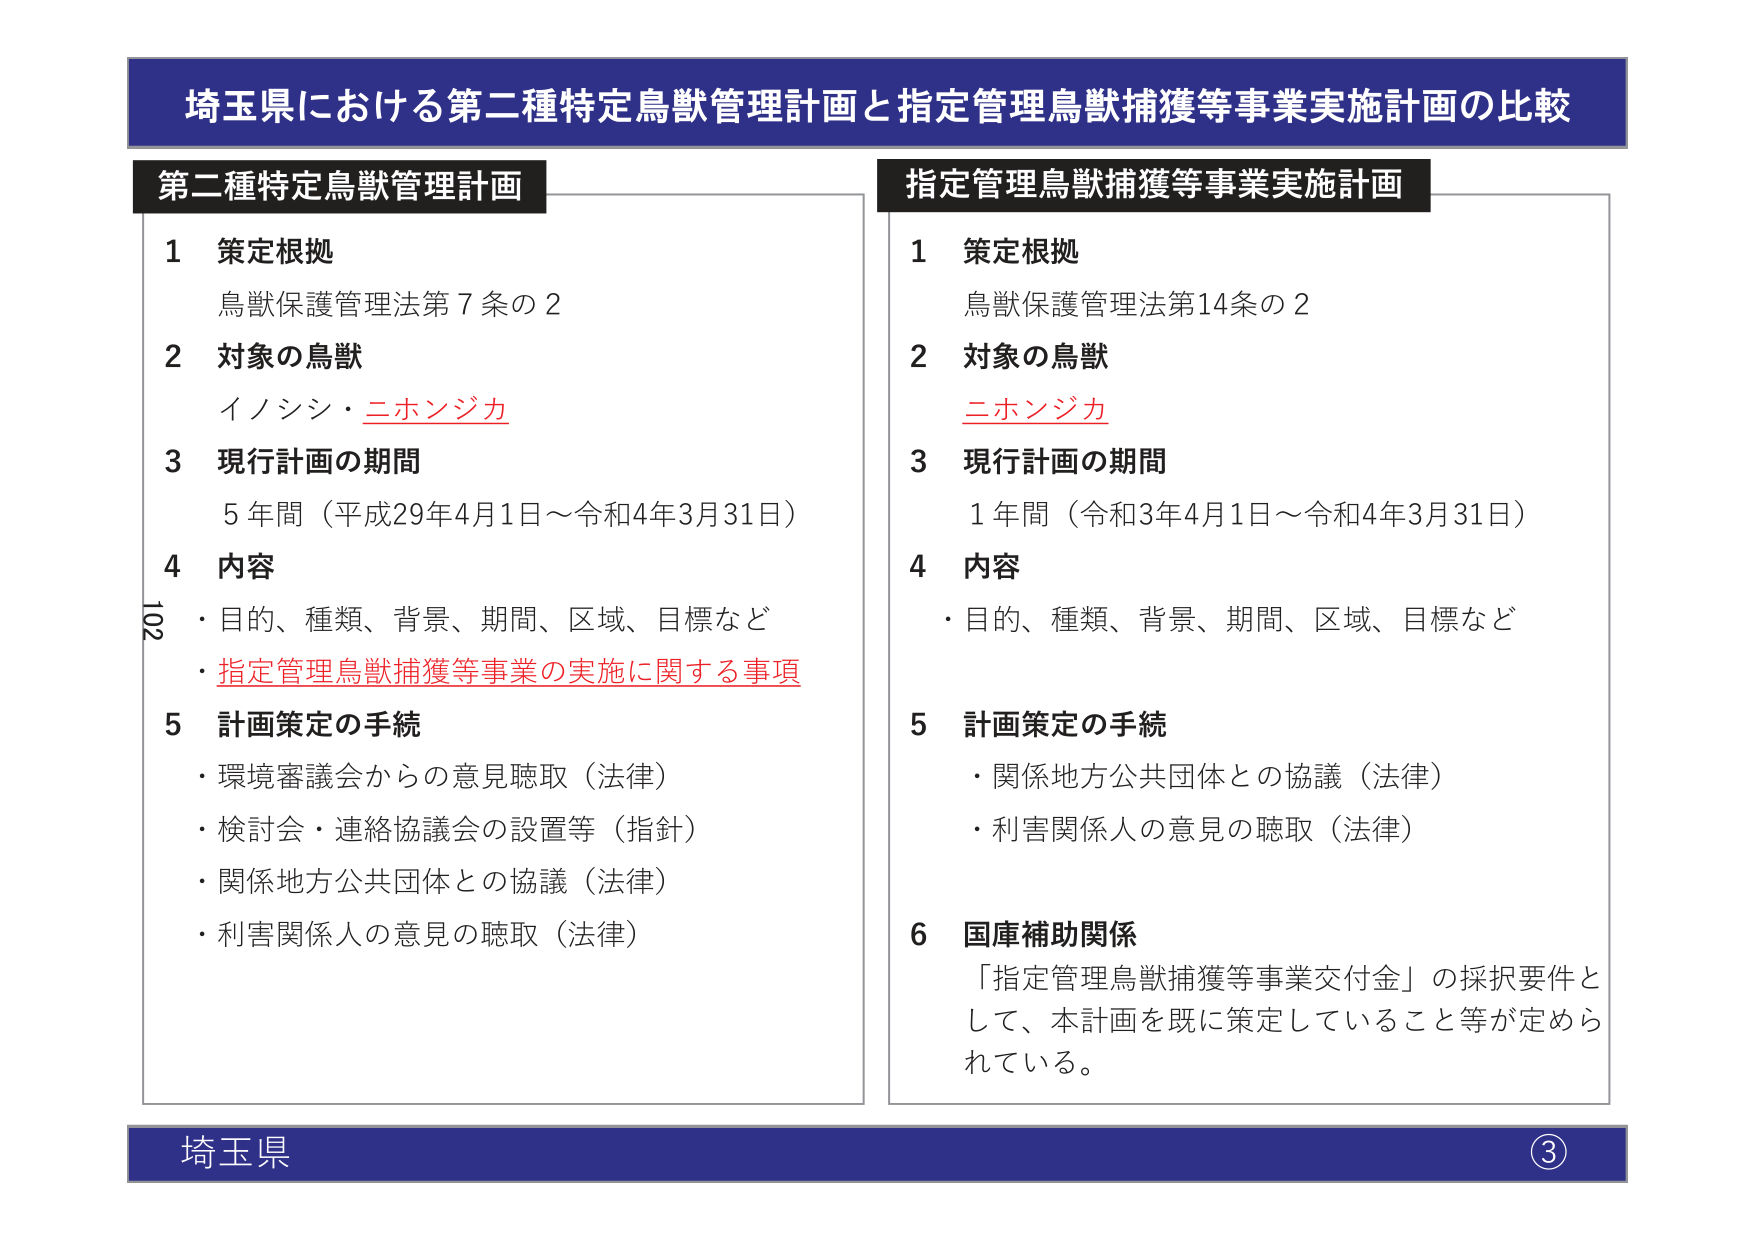
埼玉県における第二種特定鳥獣管理計画と指定管理鳥獣捕獲等事業実施計画の比較

第二種特定鳥獣管理計画
1 策定根拠
鳥獣保護管理法第7条の2
2 対象の鳥獣
イノシシ・ニホンジカ
3 現行計画の期間
5年間（平成29年4月1日～令和4年3月31日）
4 内容
・目的、種類、背景、期間、区域、目標など
・指定管理鳥獣捕獲等事業の実施に関する事項
5 計画策定の手続
・環境審議会からの意見聴取（法律）
・検討会・連絡協議会の設置等（指針）
・関係地方公共団体との協議（法律）
・利害関係人の意見の聴取（法律）

指定管理鳥獣捕獲等事業実施計画
1 策定根拠
鳥獣保護管理法第14条の2
2 対象の鳥獣
ニホンジカ
3 現行計画の期間
1年間（令和3年4月1日～令和4年3月31日）
4 内容
・目的、種類、背景、期間、区域、目標など
5 計画策定の手続
・関係地方公共団体との協議（法律）
・利害関係人の意見の聴取（法律）
6 国庫補助関係
「指定管理鳥獣捕獲等事業交付金」の採択要件として、本計画を既に策定していること等が定められている。

埼玉県
③